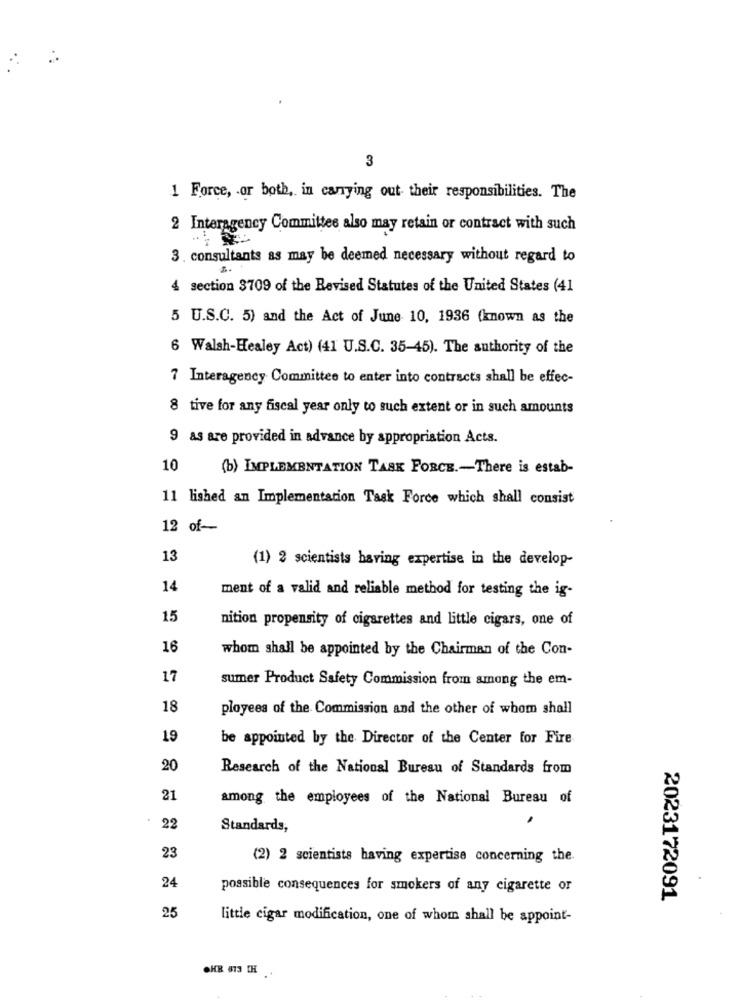
3
1 Force, or both, in carrying out their responsibilities. The
2 Interagency Committee also may retain or contract with such
3. consultants as may be deemed necessary without regard to
4 section 3709 of the Revised Statutes of the United States (41
5 U.S.C. 5) and the Act of June 10, 1936 (known as the
6 Walsh-Healey Act) (41 U.S.C. 35-45). The authority of the
7 Interagency Committee to enter into contracts shall be effec-
8 tive for any fiscal year only to such extent or in such amounts
9 as are provided in advance by appropriation Acts.
10
(b) IMPLEMENTATION TASK FORCE .- There is estab-
11 lished an Implementation Task Force which shall consist
12 of-
13
(1) 2 scientists having expertise in the develop-
14
ment of a valid and reliable method for testing the ig-
15
nition propensity of cigarettes and little cigars, one of
16
whom shall be appointed by the Chairman of the Con-
17
sumer Product Safety Commission from among the em-
18
ployees of the Commission and the other of whom shall
19
be appointed by the Director of the Center for Fire
20
Research of the National Bureau of Standards from
21
among the employees of the National Bureau of
22
Standards,
23
(2) 2 scientists having expertise concerning the.
24
possible consequences for smokers of any cigarette or
2023172091
25
little cigar modification, one of whom shall be appoint-
OHR 613 CH .